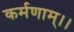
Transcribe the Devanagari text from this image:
कर्मणाम्।।